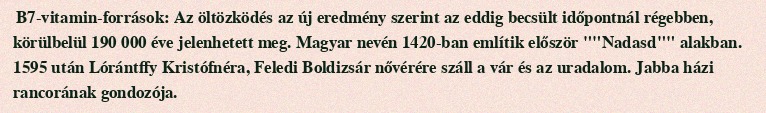
B7-vitamin-források: Az öltözködés az új eredmény szerint az eddig becsült időpontnál régebben, körülbelül 190 000 éve jelenhetett meg. Magyar nevén 1420-ban említik először ""Nadasd"" alakban. 1595 után Lórántffy Kristófnéra, Feledi Boldizsár nővérére száll a vár és az uradalom. Jabba házi rancorának gondozója.